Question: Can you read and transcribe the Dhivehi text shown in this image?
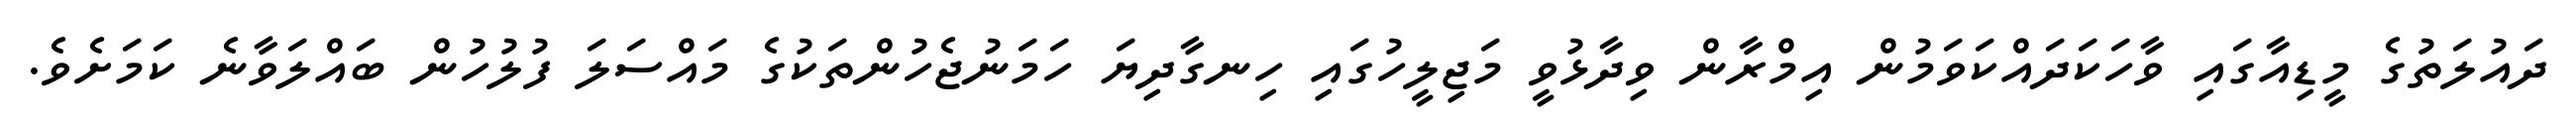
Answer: ދައުލަތުގެ މީޑިއާގައި ވާހަކަދައްކަވަމުން އިމްރާން ވިދާޅުވީ މަޖިލީހުގައި ހިނގާދިޔަ ހަމަނުޖެހުންތަކުގެ މައްސަލަ ފުލުހުން ބައްލަވާނެ ކަމަށެވެ.